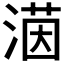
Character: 𪶲